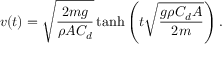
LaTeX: v ( t ) = { \sqrt { \frac { 2 m g } { \rho A C _ { d } } } } \operatorname { t a n h } \left( t { \sqrt { \frac { g \rho C _ { d } A } { 2 m } } } \right) .